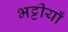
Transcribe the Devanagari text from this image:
भट्टीयाँ